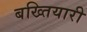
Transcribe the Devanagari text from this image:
बख्तियारी